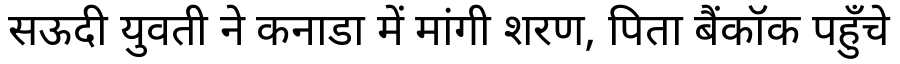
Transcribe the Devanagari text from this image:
सऊदी युवती ने कनाडा में मांगी शरण, पिता बैंकॉक पहुँचे